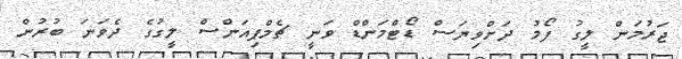
ޖަރުމަން ލީގު ފޯމު ދަށްވިޔަސް ޑޯޓްމަންޑް ވަނީ ޗެމްޕިއަންސް ލީގުގެ ދެވަނަ ބުރުން